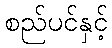
စည်ပင်နှင့်